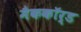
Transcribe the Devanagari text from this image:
मैककॉर्ड